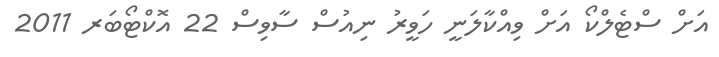
އަށް ސްޓެލްކޯ އަށް ވިއްކާލަނީ ހަވީރު ނިއުސް ސާވިސް 22 އޮކްޓޯބަރ 2011